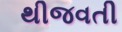
થીજવતી